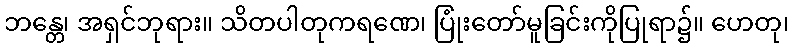
ဘန္တေ၊ အရှင်ဘုရား။ သိတပါတုကရဏေ၊ ပြုံးတော်မူခြင်းကိုပြုရာ၌။ ဟေတု၊